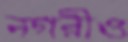
নগরীও